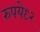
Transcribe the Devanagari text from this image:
रुपये९२